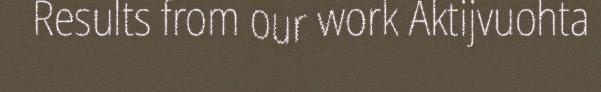
Results from our work Aktijvuohta